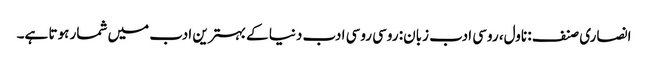
انصاری صنف: ناول، روسی ادب زبان: روسی روسی ادب دنیا کے بہترین ادب میں شمار ہوتا ہے۔